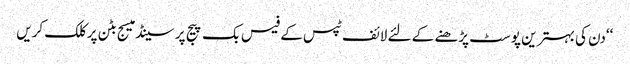
‘‘دن کی بہتر ین پوسٹ پڑھنے کے لئے لائف ٹپس کے فیس بک پیج پر سینڈ میسج بٹن پر کلک کریں